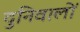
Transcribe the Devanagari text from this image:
दुनिवालों